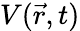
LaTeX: V(\vec{r},t)